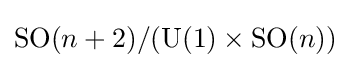
\operatorname {SO} (n+2)/(\operatorname {U} (1)\times \operatorname {SO} (n))